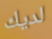
لديك